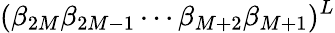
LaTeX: (\beta_{2M}\beta_{2M-1}\cdots\beta_{M+2}\beta_{M+1})^{L}